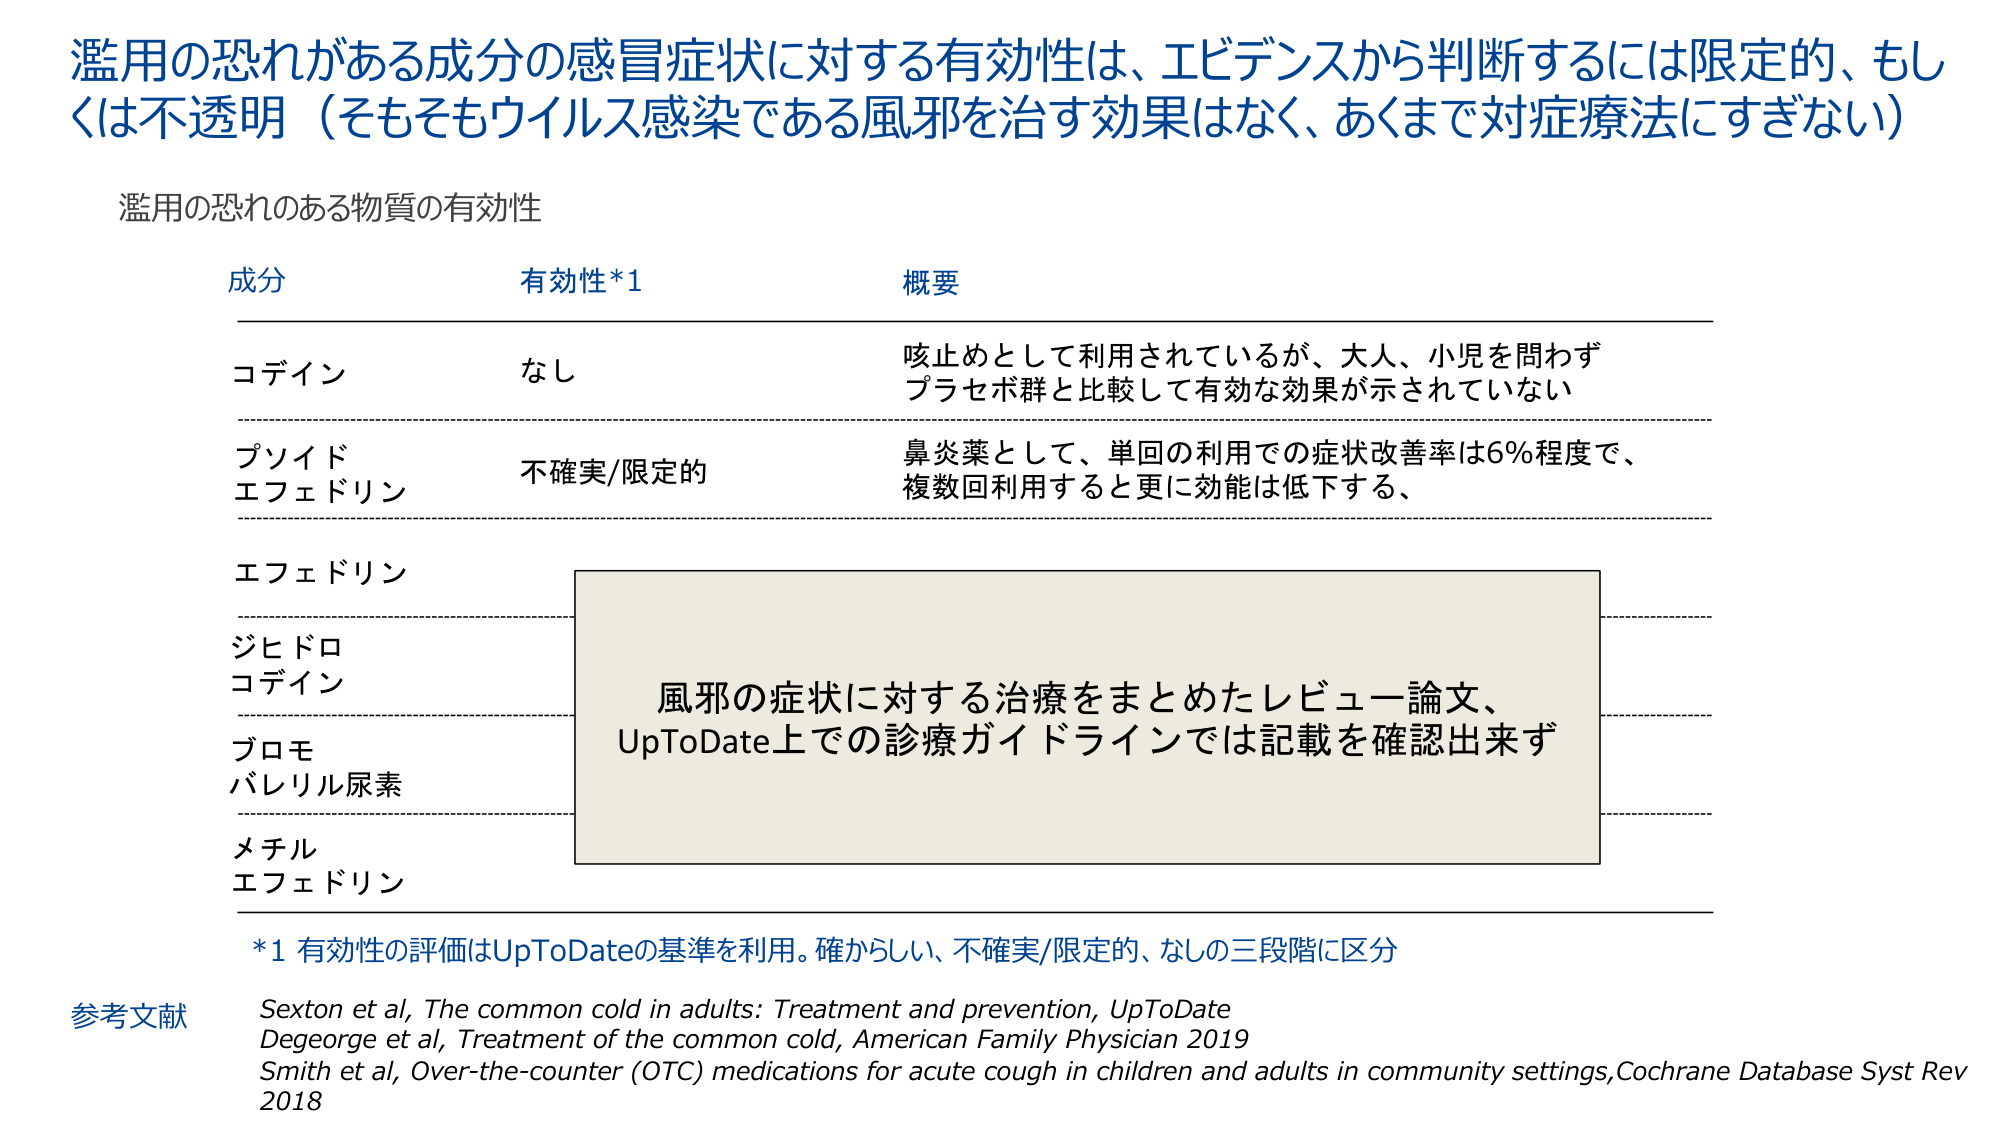
濫用の恐れがある成分の感冒症状に対する有効性は、エビデンスから判断するには限定的、もしくは不透明（そもそもウイルス感染である風邪を治す効果はなく、あくまで対症療法にすぎない）

濫用の恐れのある物質の有効性

成分　　有効性*1　　概要

コデイン　　なし　　咳止めとして利用されているが、大人、小児を問わずプラセボ群と比較して有効な効果が示されていない

プソイドエフェドリン　　不確実/限定的　　鼻炎薬として、単回の利用での症状改善率は6%程度で、複数回利用すると更に効能は低下する、

エフェドリン

ジヒドロコデイン

ブロモバレリル尿素

メチルエフェドリン

風邪の症状に対する治療をまとめたレビュー論文、UpToDate上での診療ガイドラインでは記載を確認出来ず

*1 有効性の評価はUpToDateの基準を利用。確からしい、不確実/限定的、なしの三段階に区分

参考文献
Sexton et al, The common cold in adults: Treatment and prevention, UpToDate
Degeorge et al, Treatment of the common cold, American Family Physician 2019
Smith et al, Over-the-counter (OTC) medications for acute cough in children and adults in community settings, Cochrane Database Syst Rev 2018